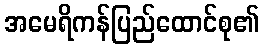
အမေရိကန်ပြည်ထောင်စု၏